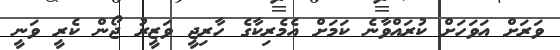
ވަރަށް އަވަހަށް ކުރައްވާނެ ކަމަށް އެމެރިކާގެ ހާރިޖީ ވަޒީރު ޖޯން ކެރީ ވަނީ